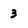
Character: 3